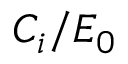
C _ { i } / E _ { 0 }